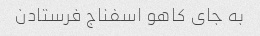
به جای کاهو اسفناج فرستادن